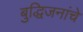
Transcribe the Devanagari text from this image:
बुद्धिजनांचे